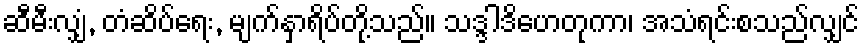
ဆီမီးလျှံ, တံဆိပ်ရေး, မျက်နှာရိပ်တို့သည်။ သဒ္ဒါဒိဟေတုကာ၊ အသံရင်းစသည်လျှင်